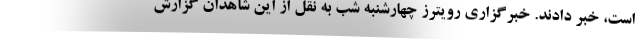
است، خبر دادند. خبرگزاری رویترز چهارشنبه شب به نقل از این شاهدان گزارش